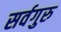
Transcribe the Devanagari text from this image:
सर्वगुरु